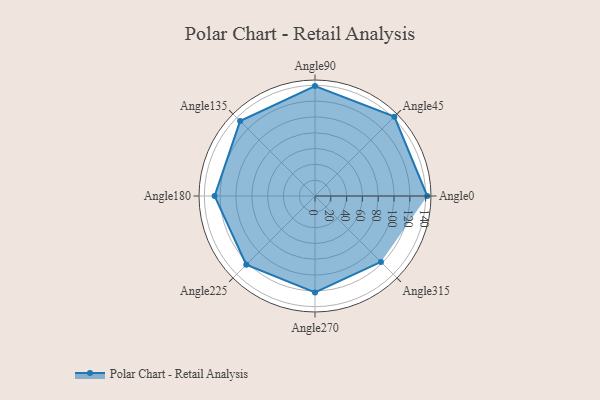
{"axis": {"x": "Angle", "y": "Radius"}, "legend": [""], "data": [{"x": "Angle0", "y": 142.0, "type": ""}, {"x": "Angle45", "y": 142.0, "type": ""}, {"x": "Angle90", "y": 139.0, "type": ""}, {"x": "Angle135", "y": 134.0, "type": ""}, {"x": "Angle180", "y": 127.0, "type": ""}, {"x": "Angle225", "y": 123.0, "type": ""}, {"x": "Angle270", "y": 122.0, "type": ""}, {"x": "Angle315", "y": 118.0, "type": ""}]}